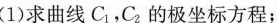
(1)求曲线C1，C2的极坐标方程；